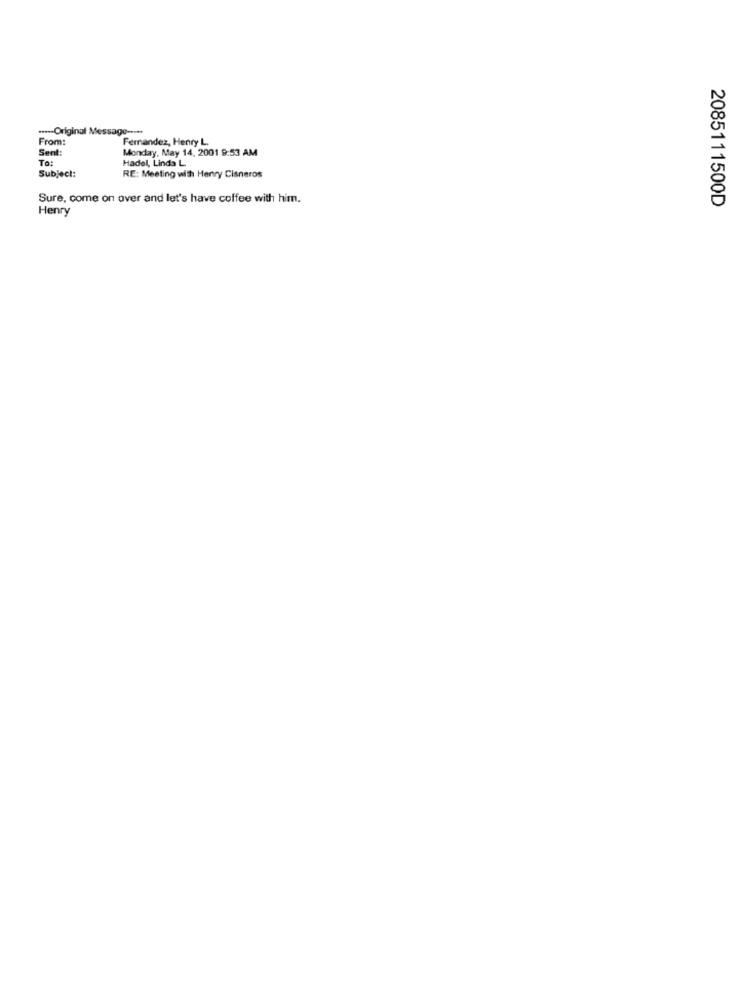
...-- Original Message -....
From:
Fernandez, Henry L.
Sent:
Monday, May 14, 2001 9:53 AM
TO:
Hadel, Linda L
Subject:
RE: Meeting with Henry Cisneros
Sure, come on over and let's have coffee with him.
2085111500D
Henry